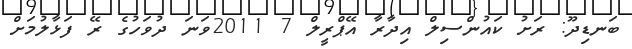
ބަނޑިދޫ: ރަށު ކައުންސިލް އިދާރާ އޭޕްރީލް 7 2011ވަނަ ދުވަހުގެ ރޭ ފަޅާލުމަށް